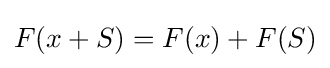
F(x+S)=F(x)+F(S)